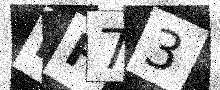
Text: MH73